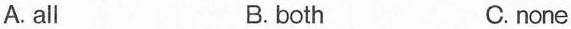
A. all B. both C. none